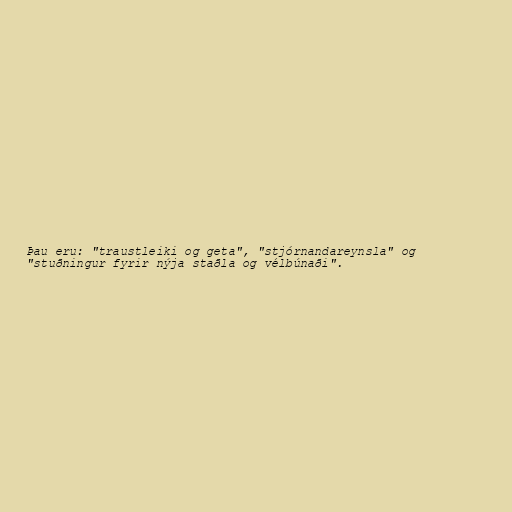
Þau eru: "traustleiki og geta", "stjórnandareynsla" og
"stuðningur fyrir nýja staðla og vélbúnaði".